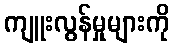
ကျူးလွန်မှုများကို